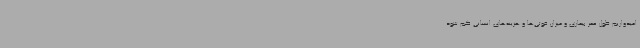
امیدواریم طول عمر بیماری و میزان فوتی‌ها و هزینه‌های انسانی کم شود.